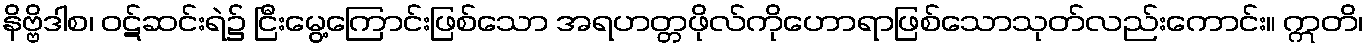
နိဗ္ဗိဒါစ၊ ဝဋ်ဆင်းရဲ၌ ငြီးမွေ့ကြောင်းဖြစ်သော အရဟတ္တဖိုလ်ကိုဟောရာဖြစ်သောသုတ်လည်းကောင်း။ ဣတိ၊